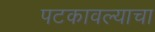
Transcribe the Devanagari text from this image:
पटकावल्याचा